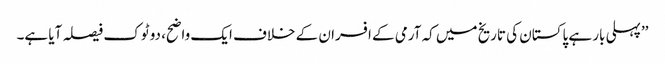
’’پہلی بار ہے پاکستان کی تاریخ میں کہ آرمی کے افسران کے خلاف ایک واضح، دو ٹوک فیصلہ آیا ہے۔